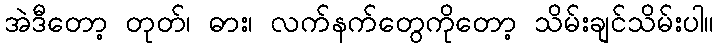
အဲဒီတော့ တုတ်၊ ဓား၊ လက်နက်တွေကိုတော့ သိမ်းချင်သိမ်းပါ။